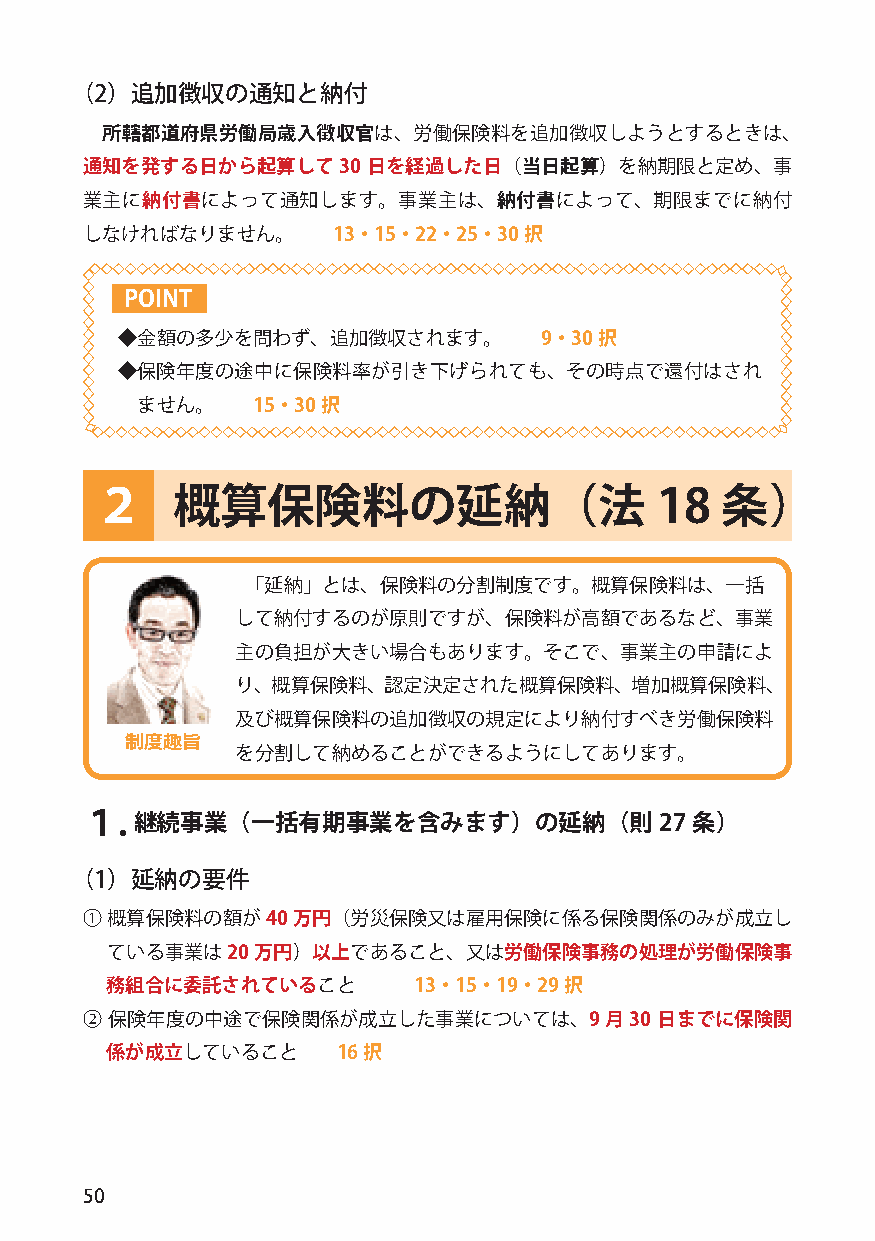
（2）追加徴収の通知と納付
 所轄都道府県労働局歳入徴収官は、労働保険料を追加徴収しようとするときは、
 通知を発する日から起算して30    日を経過した日（当日起算）を納期限と定め、事
 業主に納付書によって通知します。事業主は、納付書によって、期限までに納付
 しなければなりません。      13・15・22・25・30択
 POINT
 ◆金額の多少を問わず、追加徴収されます。        9・30択
 ◆保険年度の途中に保険料率が引き下げられても、その時点で還付はされ
 ません。    15・30択
 ２    概算保険料の延納（法                      18   条）
 「延納」とは、保険料の分割制度です。概算保険料は、一括
 して納付するのが原則ですが、保険料が高額であるなど、事業
 主の負担が大きい場合もあります。そこで、事業主の申請によ
 り、概算保険料、認定決定された概算保険料、増加概算保険料、
 及び概算保険料の追加徴収の規定により納付すべき労働保険料
 制度趣旨
 を分割して納めることができるようにしてあります。
 １.継続事業（一括有期事業を含みます）の延納（則27               条）
 （1）延納の要件
 ① 概算保険料の額が40  万円（労災保険又は雇用保険に係る保険関係のみが成立し
 ている事業は20  万円）以上であること、又は労働保険事務の処理が労働保険事
 務組合に委託されていること       13・15・19・29択
 ② 保険年度の中途で保険関係が成立した事業については、9       月30 日までに保険関
 係が成立していること     16択
 50